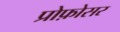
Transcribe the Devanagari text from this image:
प्रोफ़ोसर